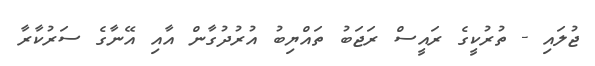
ޖުލައި - ތުރުކީގެ ރައީސް ރަޖަބު ތައްޔިބު އުރުދުގާން އާއި އޭނާގެ ސަރުކާރާ